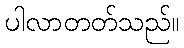
ပါလာတတ်သည်။